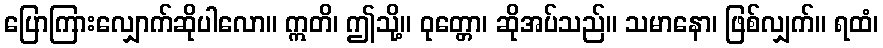
ပြောကြားလျှောက်ဆိုပါလော။ ဣတိ၊ ဤသို့။ ဝုတ္တော၊ ဆိုအပ်သည်။ သမာနော၊ ဖြစ်လျှက်။ ရထံ၊